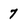
Character: 7